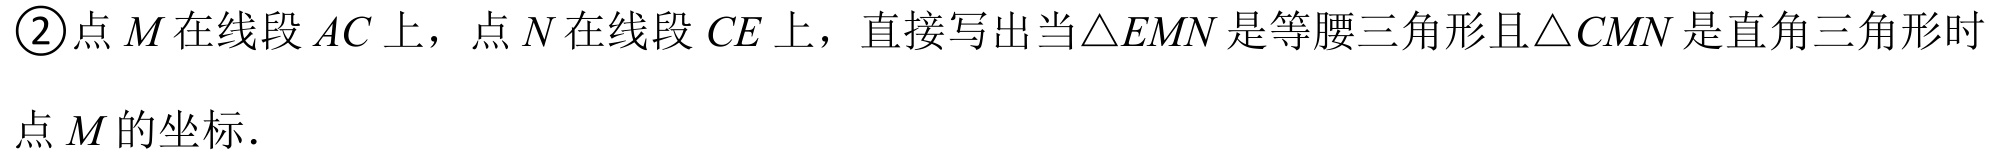
\textcircled{2}点\(M\)在线段\(AC\)上，点\(N\)在线段\(CE\)上，直接写出当\(\triangle EMN\)是等腰三角形且\(\triangle CMN\)是直角三角形时
点\(M\)的坐标.